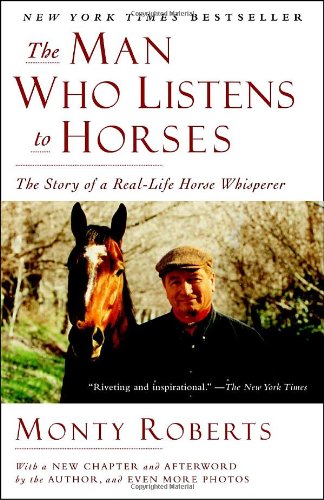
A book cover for The Man Who Listens to Horses: The Story of a Real-Life Horse Whisperer; Monty Roberts; Crafts, Hobbies & Home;